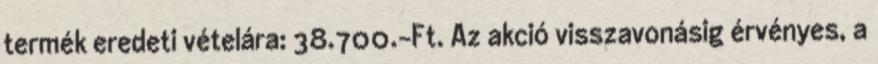
termék eredeti vételára: 38.700.-Ft. Az akció visszavonásig érvényes, a